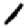
Digit: 1